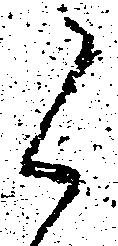
候